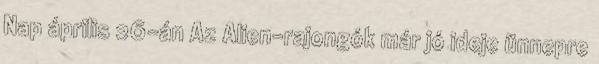
Nap április 26-án Az Alien-rajongók már jó ideje ünnepre